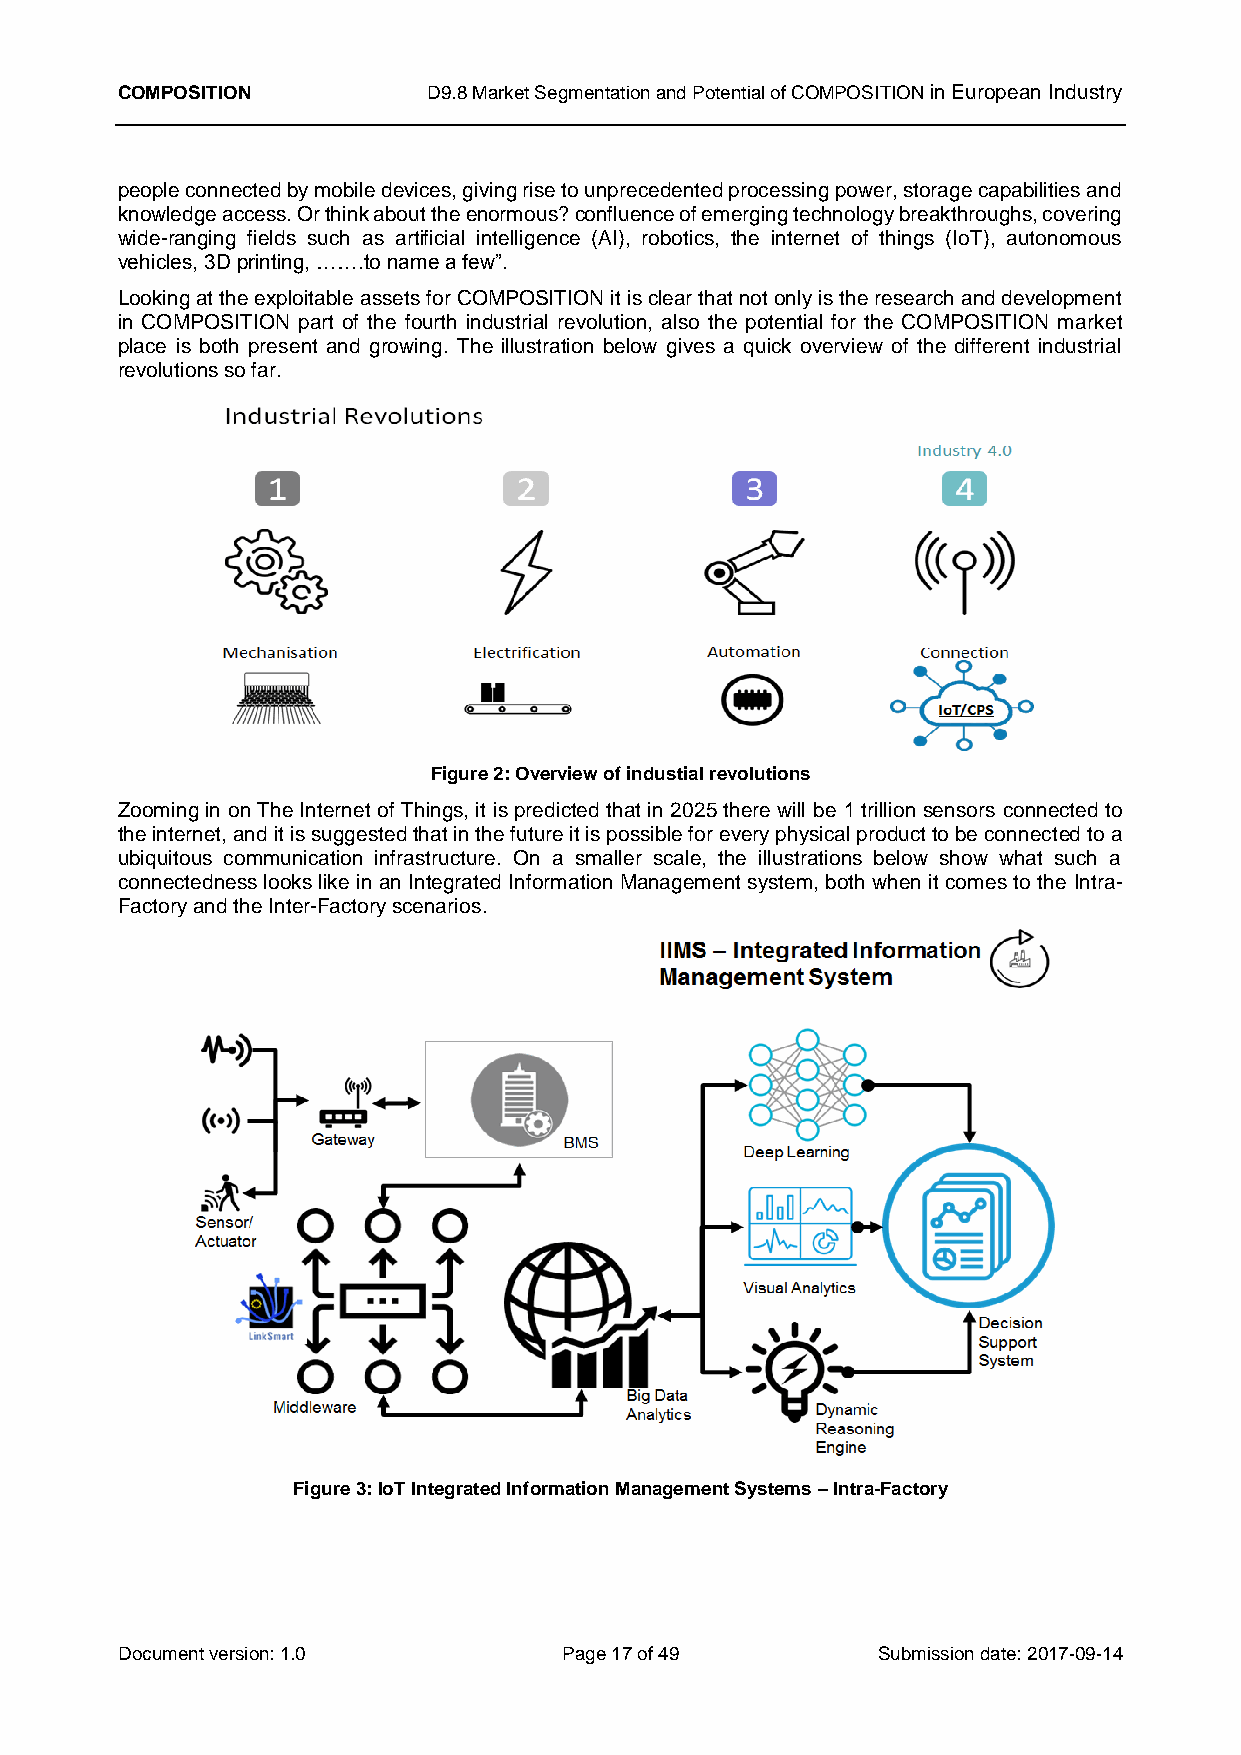
COMPOSITION         D9.8 Market Segmentation and Potential of COMPOSITION in European Industry
 people connected by mobile devices, giving rise to unprecedented processing power, storage capabilities and
 knowledge access. Or think about the enormous? confluence of emerging technology breakthroughs, covering
 wide-ranging fields such as artificial intelligence (AI), robotics, the internet of things (IoT), autonomous
 vehicles, 3D printing, …….to name a few”.
 Looking at the exploitable assets for COMPOSITION it is clear that not only is the research and development
 in COMPOSITION part of the fourth industrial revolution, also the potential for the COMPOSITION market
 place is both present and growing. The illustration below gives a quick overview of the different industrial
 revolutions so far.
 Figure 2: Overview of industial revolutions
 Zooming in on The Internet of Things, it is predicted that in 2025 there will be 1 trillion sensors connected to
 the internet, and it is suggested that in the future it is possible for every physical product to be connected to a
 ubiquitous communication infrastructure. On a smaller scale, the illustrations below show what such a
 connectedness looks like in an Integrated Information Management system, both when it comes to the Intra-
 Factory and the Inter-Factory scenarios.
 Figure 3: IoT Integrated Information Management Systems – Intra-Factory
 Document version: 1.0        Page 17 of 49        Submission date: 2017-09-14